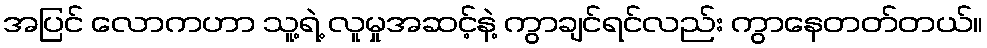
အပြင် လောကဟာ သူ့ရဲ့ လူမှုအဆင့်နဲ့ ကွာချင်ရင်လည်း ကွာနေတတ်တယ်။